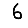
Digit: 6